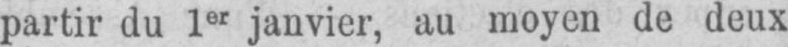
partir du 1er janvier, au moyen de deux